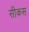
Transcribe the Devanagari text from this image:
सीकस